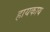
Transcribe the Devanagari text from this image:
हायकाय